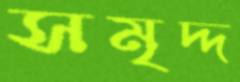
সমৃদ্দ